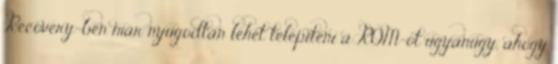
Recovery-ben már nyugodtan lehet telepíteni a ROM-ot ugyanúgy, ahogy